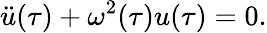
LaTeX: \ddot{u}(\tau)+\omega^{2}(\tau){u}(\tau)=0.